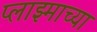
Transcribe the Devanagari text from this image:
प्लाझ्माच्या